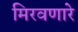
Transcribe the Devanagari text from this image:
मिरवणारे